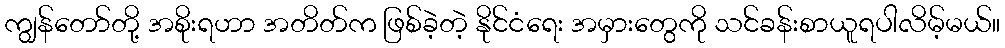
ကျွန်တော်တို့ အစိုးရဟာ အတိတ်က ဖြစ်ခဲ့တဲ့ နိုင်ငံရေး အမှားတွေကို သင်ခန်းစာယူရပါလိမ့်မယ်။